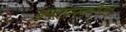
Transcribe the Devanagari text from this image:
ङबायस्कोपच्